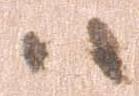
ハ